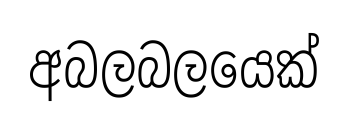
අබලබලයෙක්